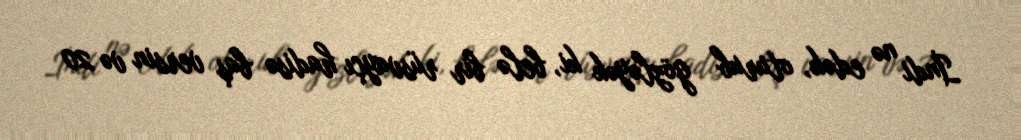
İndi nə edək, oturub gözləyək ki, belə bir rüsvayçı hadisə baş versin və 20